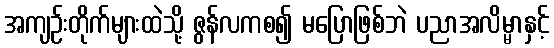
အကျဉ်းတိုက်များထဲသို့ ဇွန်လကစ၍ မပြောဖြစ်ဘဲ ပညာအလိမ္မာနှင့်